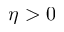
\eta > 0